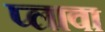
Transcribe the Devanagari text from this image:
प्लावा